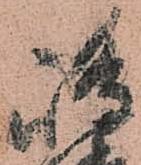
嶋